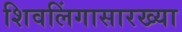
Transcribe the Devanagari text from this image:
शिवलिंगासारख्या